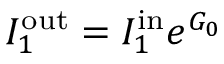
I _ { 1 } ^ { \mathrm { o u t } } = I _ { 1 } ^ { \mathrm { i n } } e ^ { G _ { 0 } }